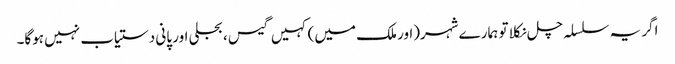
اگر یہ سلسلہ چل نکلا تو ہمارے شہر(اور ملک میں) کہیں گیس ، بجلی اور پانی دستیاب نہیں ہوگا۔